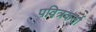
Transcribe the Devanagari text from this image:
पवित्रकर्ता